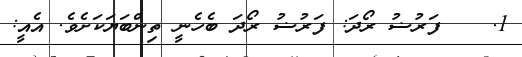
1.	   ފަރުޟު ރޯދަ: ފަރުޟު ރޯދަ ބެހެނީ ތިންބަޔަކަށެވެ. އެއީ: